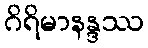
ဂိရိမာနန္ဒဿ